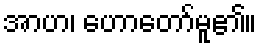
အာဟ၊ ဟောတော်မူ၏။